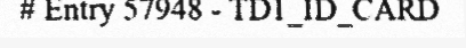
# Entry 57948 - TD1_ID_CARD